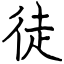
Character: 徒